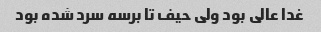
غدا عالی بود ولی حیف تا برسه سرد شده بود